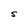
Character: S